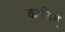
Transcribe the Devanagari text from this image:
काजिम्